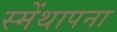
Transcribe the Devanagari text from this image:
स्मेंथापना